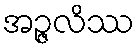
အဉ္ဇလိဿ